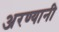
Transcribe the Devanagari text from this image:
अरण्यानी